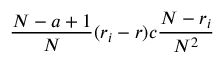
\frac { N - a + 1 } { N } ( r _ { i } - r ) c \frac { N - r _ { i } } { N ^ { 2 } }